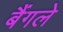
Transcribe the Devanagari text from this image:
बैंगले